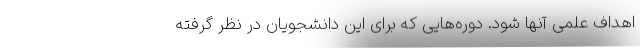
اهداف علمی آنها شود. دوره‌هایی که برای این دانشجویان در نظر گرفته